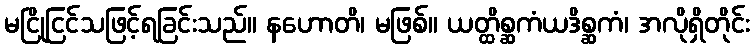
မငြိုငြင်သဖြင့်ရခြင်းသည်။ နဟောတိ၊ မဖြစ်။ ယတ္ထိစ္ဆကံယဒိစ္ဆကံ၊ အလိုရှိတိုင်း